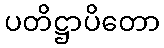
ပတိဋ္ဌာပိတော